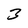
Character: 3